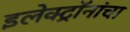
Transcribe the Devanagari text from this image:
इलेक्ट्रॉनांचा